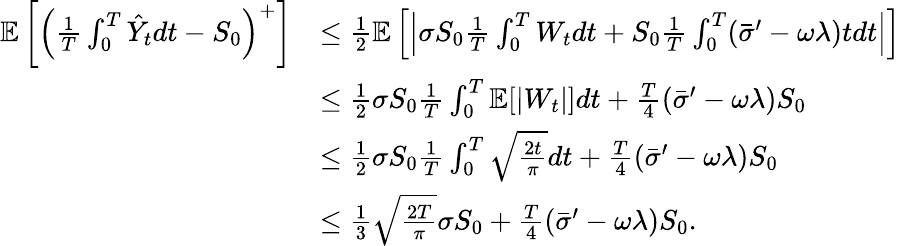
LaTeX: \begin{array}{rl}{\mathbb{E}\left[\left(\frac{1}{T}\int_{0}^{T}\hat{Y}_{t}dt-S_{0}\right)^{+}\right]}&{\leq\frac{1}{2}\mathbb{E}\left[\left|\sigma S_{0}\frac{1}{T}\int_{0}^{T}{W}_{t}dt+S_{0}\frac{1}{T}\int_{0}^{T}(\bar{\sigma}^{\prime}-\omega\lambda)tdt\right|\right]}\\ &{\leq\frac{1}{2}\sigma S_{0}\frac{1}{T}\int_{0}^{T}\mathbb{E}[|{W}_{t}|]dt+\frac{T}{4}(\bar{\sigma}^{\prime}-\omega\lambda)S_{0}}\\ &{\leq\frac{1}{2}\sigma S_{0}\frac{1}{T}\int_{0}^{T}\sqrt{\frac{2t}{\pi}}dt+\frac{T}{4}(\bar{\sigma}^{\prime}-\omega\lambda)S_{0}}\\ &{\leq\frac{1}{3}\sqrt{\frac{2T}{\pi}}\sigma S_{0}+\frac{T}{4}(\bar{\sigma}^{\prime}-\omega\lambda)S_{0}.}\end{array}